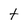
Character: t